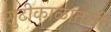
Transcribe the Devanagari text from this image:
सुटीकाळातली